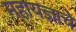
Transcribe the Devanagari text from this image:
महायज्ञाचे